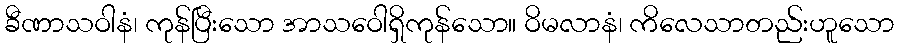
ခီဏာသဝါနံ၊ ကုန်ပြီးသော အာသဝေါရှိကုန်သော။ ဝိမလာနံ၊ ကိလေသာတည်းဟူသော